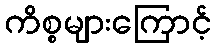
ကိစ္စများကြောင့်